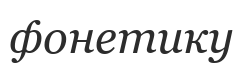
фонетику